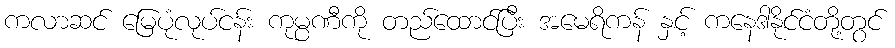
ကလာဆင် မြေပုံလုပ်ငန်း ကုမ္ပဏီကို တည်ထောင်ပြီး အမေရိကန် နှင့် ကနေဒါနိုင်ငံတို့တွင်